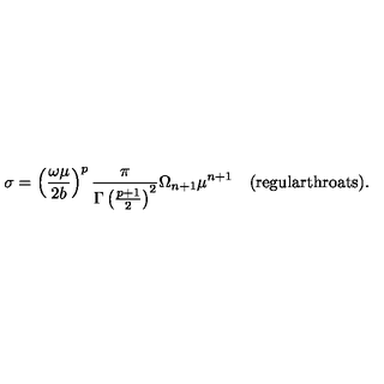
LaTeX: \sigma = \left( { \frac { \omega \mu } { 2 b } } \right) ^ { p } { \frac { \pi } { \Gamma \left( { \frac { p + 1 } { 2 } } \right) ^ { 2 } } } \Omega _ { n + 1 } \mu ^ { n + 1 } \quad \mathrm { ( r e g u l a r t h r o a t s ) } .